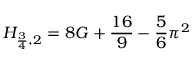
H _ { { \frac { 3 } { 4 } } , 2 } = 8 G + { \frac { 1 6 } { 9 } } - { \frac { 5 } { 6 } } \pi ^ { 2 }